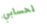
لحسابي